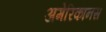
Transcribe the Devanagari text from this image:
अमेरिकानस